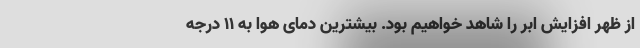
از ظهر افزایش ابر را شاهد خواهیم بود. بیشترین دمای هوا به ۱۱ درجه